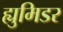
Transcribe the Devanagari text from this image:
ह्युमिडर